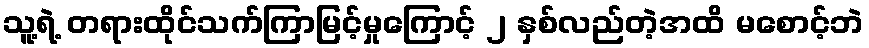
သူ့ရဲ့ တရားထိုင်သက်ကြာမြင့်မှုကြောင့် ၂ နှစ်လည်တဲ့အထိ မစောင့်ဘဲ